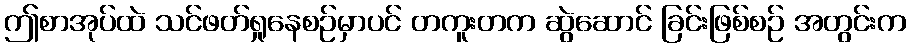
ဤစာအုပ်ထဲ သင်ဖတ်ရှုနေစဉ်မှာပင် တကူးတက ဆွဲဆောင် ခြင်းဖြစ်စဉ် အတွင်းက